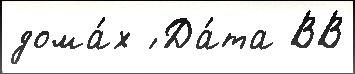
дома́х ́ Да́та ВВ